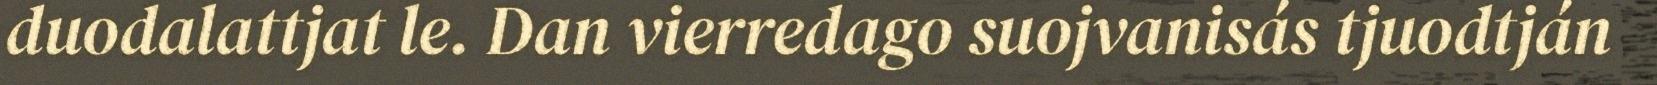
duodalattjat le. Dan vierredago suojvanisás tjuodtján